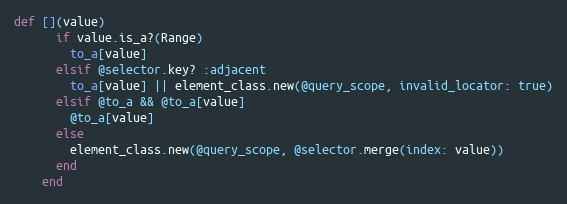
Language: Ruby
def [](value)
      if value.is_a?(Range)
        to_a[value]
      elsif @selector.key? :adjacent
        to_a[value] || element_class.new(@query_scope, invalid_locator: true)
      elsif @to_a && @to_a[value]
        @to_a[value]
      else
        element_class.new(@query_scope, @selector.merge(index: value))
      end
    end